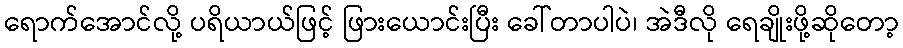
ရောက်အောင်လို့ ပရိယာယ်ဖြင့် ဖြားယောင်းပြီး ခေါ်တာပါပဲ၊ အဲဒီလို ရေချိုးဖို့ဆိုတော့